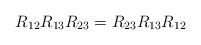
LaTeX: \begin{align*}R_{12}R_{13}R_{23} = R_{23}R_{13}R_{12} \end{align*}